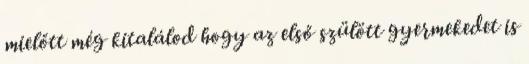
mielőtt még kitalálod hogy az első szülött gyermekedet is